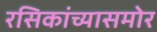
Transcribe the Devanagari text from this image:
रसिकांच्यासमोर